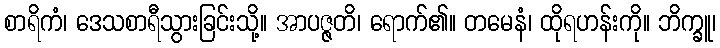
စာရိကံ၊ ဒေသစာရီသွားခြင်းသို့။ အာပဇ္ဇတိ၊ ရောက်၏။ တမေနံ၊ ထိုရဟန်းကို။ ဘိက္ခူ၊